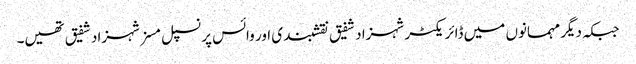
جبکہ دیگر مہمانوں میں ڈائریکٹر شہزاد شفیق نقشبندی اور وائس پرنسپل مسز شہزاد شفیق تھیں۔